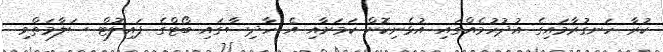
ކުރާ ހަނގުރާމައިގެ އުދުހުމެއްގައި އުޅެނިކޮށް ކަމަށާއި އެ ހާދިސާގައި ބޯޓްގެ ޕައިލޮޓް ސަލާމަތްވި